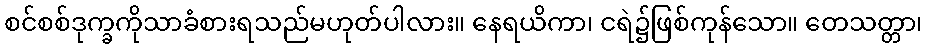
စင်စစ်ဒုက္ခကိုသာခံစားရသည်မဟုတ်ပါလား။ နေရယိကာ၊ ငရဲ၌ဖြစ်ကုန်သော။ တေသတ္တာ၊